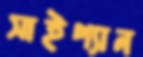
সাইপ্যান